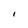
Character: I